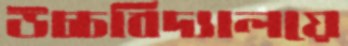
উচ্চবিদ্যালয়ে